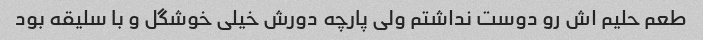
طعم حلیم اش رو دوست نداشتم ولی پارچه دورش خیلی خوشگل و با سلیقه بود